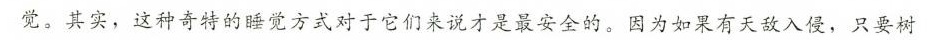
觉。其实，这种奇特的睡觉方式对于它们来说才是最安全的，因为如果有天敌入侵，只要树